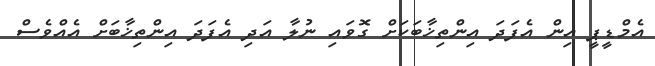
އެމްޑީޕީ އިން އެފަދަ އިންތިޚާބަކަށް ގޮވައި ނުލާ އަދި އެފަދަ އިންތިޚާބަށް އެއްވެސް